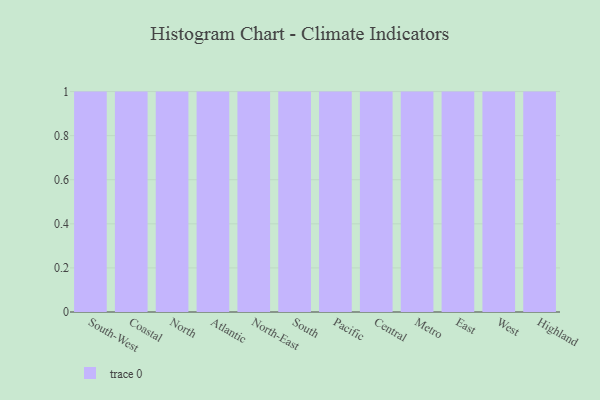
{"axis": {"x": "Region", "y": "Demand Index"}, "legend": [""], "data": [{"x": "South-West", "y": 53, "type": ""}, {"x": "Coastal", "y": 96, "type": ""}, {"x": "North", "y": 39, "type": ""}, {"x": "Atlantic", "y": 59, "type": ""}, {"x": "North-East", "y": 99, "type": ""}, {"x": "South", "y": 67, "type": ""}, {"x": "Pacific", "y": 100, "type": ""}, {"x": "Central", "y": 76, "type": ""}, {"x": "Metro", "y": 32, "type": ""}, {"x": "East", "y": 6, "type": ""}, {"x": "West", "y": 64, "type": ""}, {"x": "Highland", "y": 51, "type": ""}]}